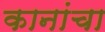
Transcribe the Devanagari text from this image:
कानांचा